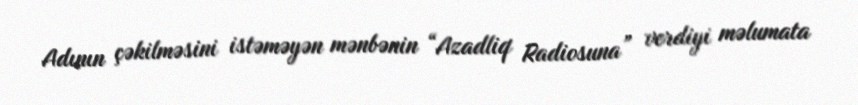
Adının çəkilməsini istəməyən mənbənin “Azadliq Radiosuna” verdiyi məlumata